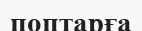
поптарға